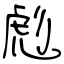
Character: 彪